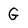
Character: G